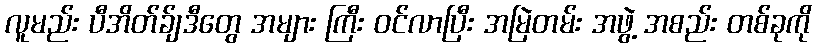
လူမည်း ပီအိတ်ခ်ျဒီတွေ အများ ကြီး ဝင်လာပြီး အမြဲတမ်း အဖွဲ့ အစည်း တစ်ခုကို